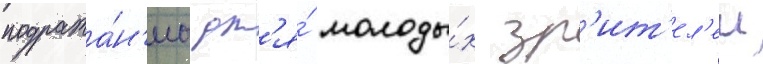
подража́н'иа дл'я́ молоды́х зр'ит'ел'еи